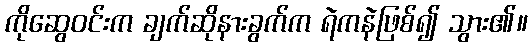
ကိုဆွေဝင်းက ချက်ဆိုနားခွက်က ရဲကနဲဖြစ်၍ သွား၏။